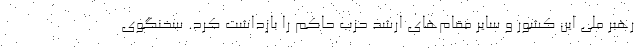
رهبر ملی این کشور و سایر مقام‌های ارشد حزب حاکم را بازداشت کرد. سخنگوی